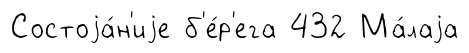
Состоjа́н'иjе б'е́р'ега 432 Ма́лаjа